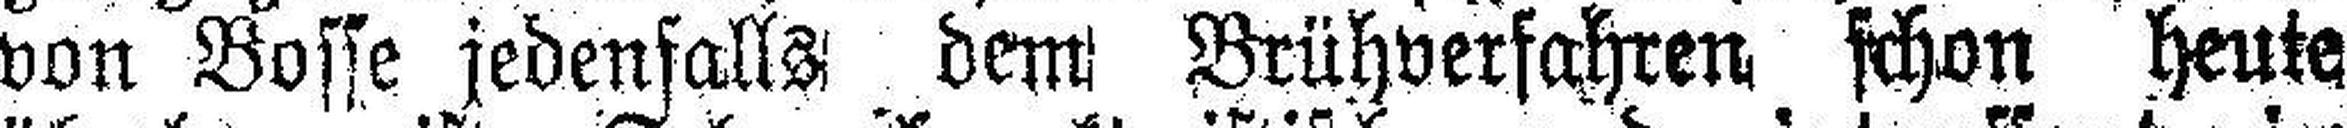
von Bosse jedenfalls dem Brühverfahren schon heute